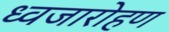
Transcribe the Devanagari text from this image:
ध्‍वजारोहण